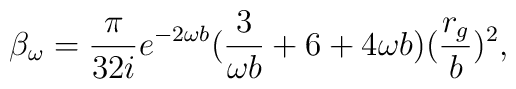
\beta_\omega=\frac{\pi}{32i}e^{-2\omega b}(\frac{3}{\omega b}+6+4\omega b)(\frac{r_g}{b})^2,